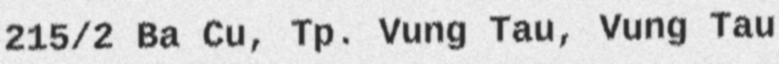
215/2 Ba Cu, Tp. Vung Tau, Vung Tau